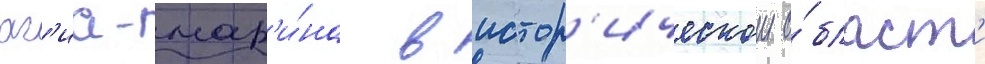
аг'иа-мар'и́на в истор'ическои о́бласт'и